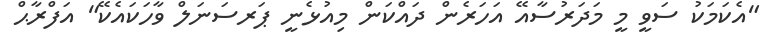
"އެކަމަކު ސަވީ މީ މަދަރުސާއޭ އަހަރެން ދައްކަން މިއުޅެނީ ޕަރސަނަލް ވާހަކައެކޭ" އަފްރާޙް